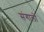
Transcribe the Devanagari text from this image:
संगालो